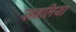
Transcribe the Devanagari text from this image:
सबलिया